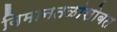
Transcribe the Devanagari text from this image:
विमानतळांसोबत